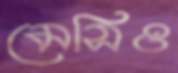
মেসিও